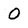
Character: O